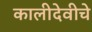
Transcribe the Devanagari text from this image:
कालीदेवीचे